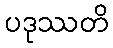
ပဒုဿတိ